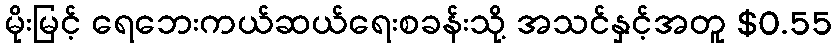
မိုးမြင့် ရေဘေးကယ်ဆယ်ရေးစခန်းသို့ အသင်နှင့်အတူ $0.55